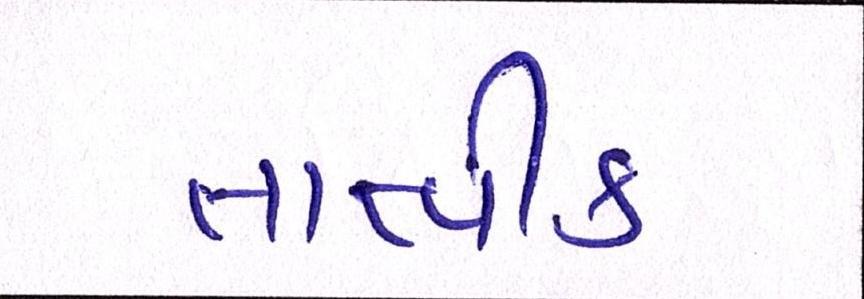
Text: તાત્વીક